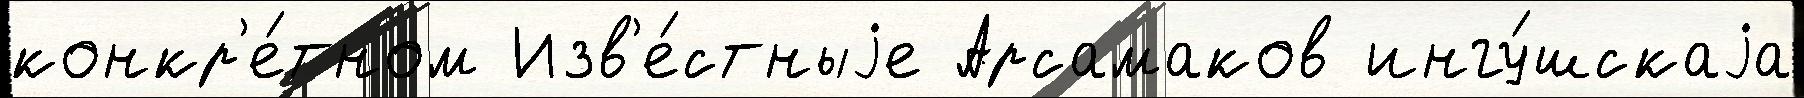
конкр'е́тном Изв'е́стныjе Арсамаков ингу́шскаjа